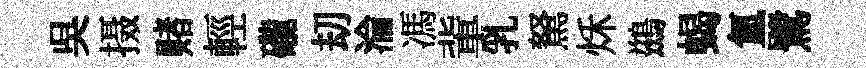
吳摄赌輕礲刧淪馮軰乳駑秌鷀蝎氳鷺